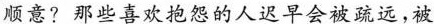
顺意？那些喜欢抱怨的人迟早会被疏远，被